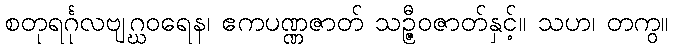
စတုရင်္ဂုလဗျဂ္ဃဝရေန၊ ဧကပဏ္ဏဇာတ် သဉ္ဇီဝဇာတ်နှင့်။ သဟ၊ တကွ။